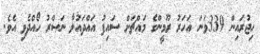
ހިޖުރައިން 339ވަނަ އަހަރު ރޫމީންގެ މައްޗަށް ސައިފު އައްދައުލާ ނަޞްރު ހޯއްދެވި އެވެ.